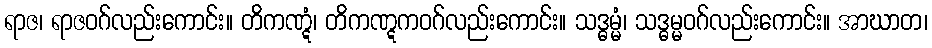
ရာဇ၊ ရာဇဝဂ်လည်းကောင်း။ တိကဏ္ဋံ၊ တိကဏ္ဋကဝဂ်လည်းကောင်း။ သဒ္ဓမ္မံ၊ သဒ္ဓမ္မဝဂ်လည်းကောင်း။ အာဃာတ၊